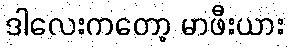
ဒါလေးကတော့ မာဖီးယား